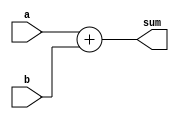
module binaryAdder(
input [31:0] a,b,
output reg [31:0] sum);

always@(*) begin
sum=a+b;
end
endmodule